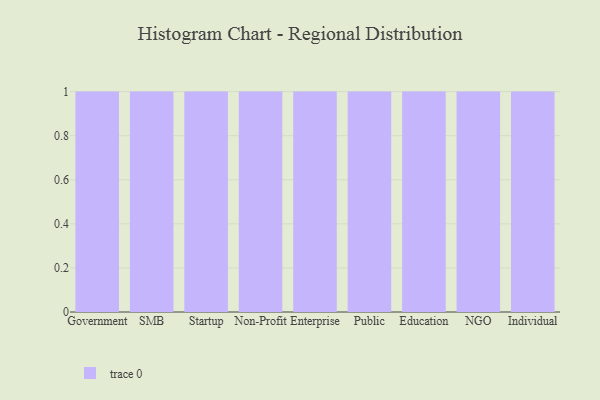
{"axis": {"x": "Segment", "y": "Customer Acquisition Cost (USD)"}, "legend": [""], "data": [{"x": "Government", "y": 30, "type": ""}, {"x": "SMB", "y": 79, "type": ""}, {"x": "Startup", "y": 86, "type": ""}, {"x": "Non-Profit", "y": 61, "type": ""}, {"x": "Enterprise", "y": 83, "type": ""}, {"x": "Public", "y": 79, "type": ""}, {"x": "Education", "y": 43, "type": ""}, {"x": "NGO", "y": 16, "type": ""}, {"x": "Individual", "y": 99, "type": ""}]}